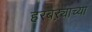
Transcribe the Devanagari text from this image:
हरबऱ्याच्या